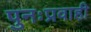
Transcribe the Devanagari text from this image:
पुनःप्रवाही